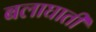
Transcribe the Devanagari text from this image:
बलाघाती